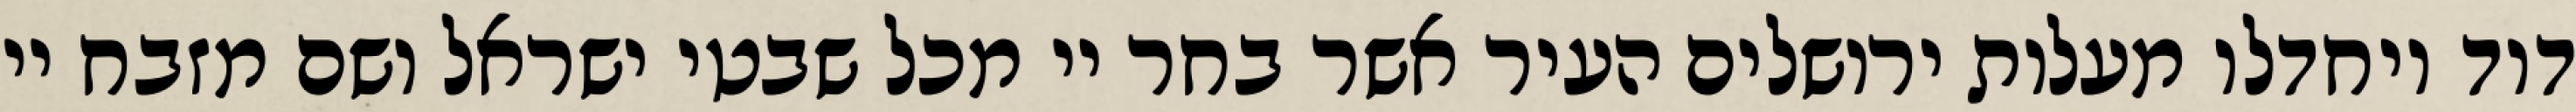
דוד ויחדלו מעלות ירושלים העיר אשר בחר יי מכל שבטי ישראל ושם מזבח יי